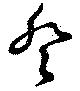
癸